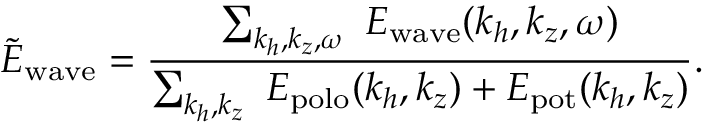
\tilde { E } _ { \mathrm { w a v e } } = \frac { \sum _ { k _ { h } , k _ { z } , \omega } ~ E _ { \mathrm { w a v e } } ( k _ { h } , k _ { z } , \omega ) } { \sum _ { k _ { h } , k _ { z } } ~ E _ { \mathrm { p o l o } } ( k _ { h } , k _ { z } ) + E _ { \mathrm { p o t } } ( k _ { h } , k _ { z } ) } .